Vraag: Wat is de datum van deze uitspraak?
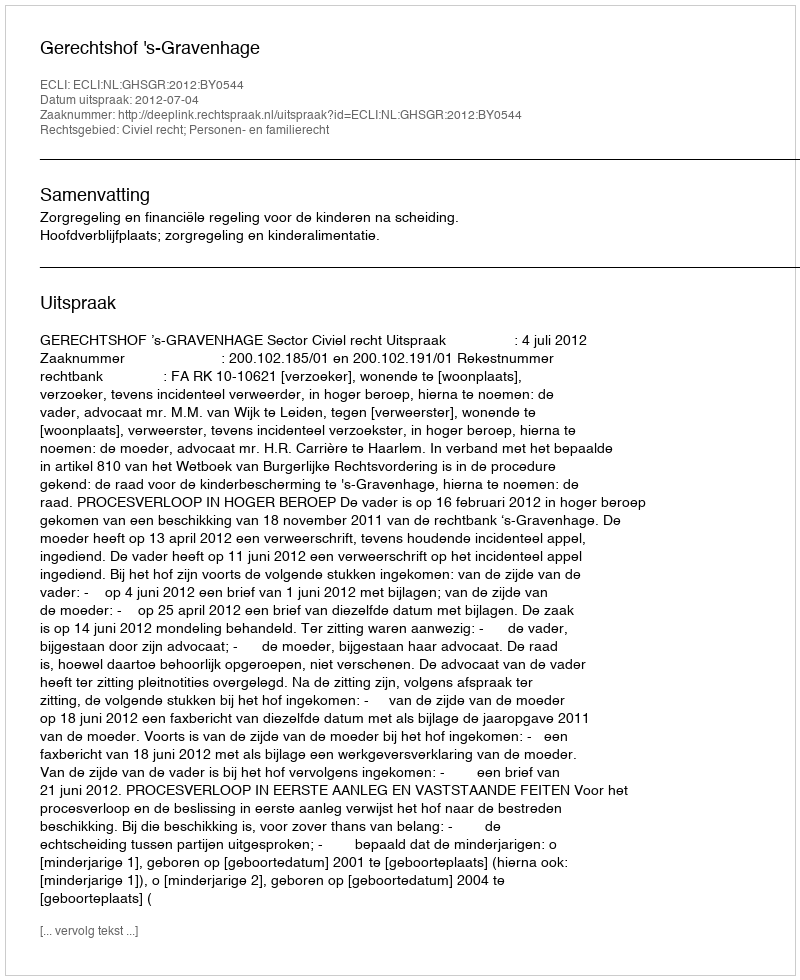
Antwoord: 2012-07-04